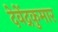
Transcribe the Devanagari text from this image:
देवेंद्रकुमार